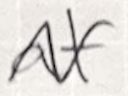
Text: at
Cross-out: wave
Writing tool: ballpoint